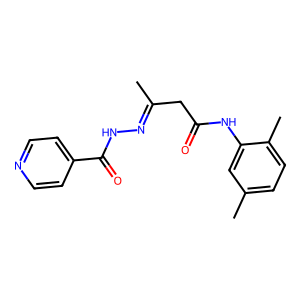
SMILES: CC(CC(=O)Nc1cc(C)ccc1C)=NNC(=O)c1ccncc1
Inhibits HIV replication: No